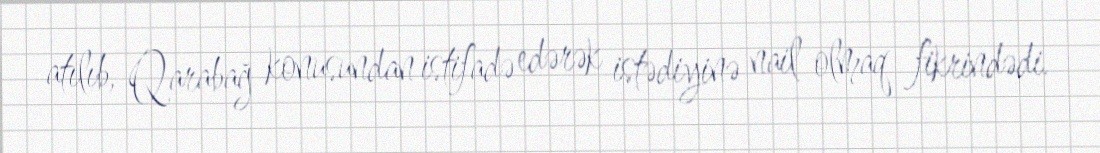
atılıb, Qarabağ konusundan istifadə edərək istədiyinə nail olmaq fikrindədi.